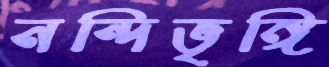
নন্দিভৃঙ্গি